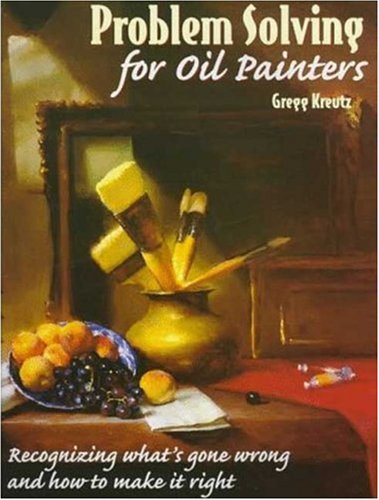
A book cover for Problem Solving for Oil Painters: Recognizing What's Gone Wrong and How to Make it Right; Gregg Kreutz; Arts & Photography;